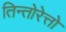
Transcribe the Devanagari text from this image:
तिन्तोरेत्तो